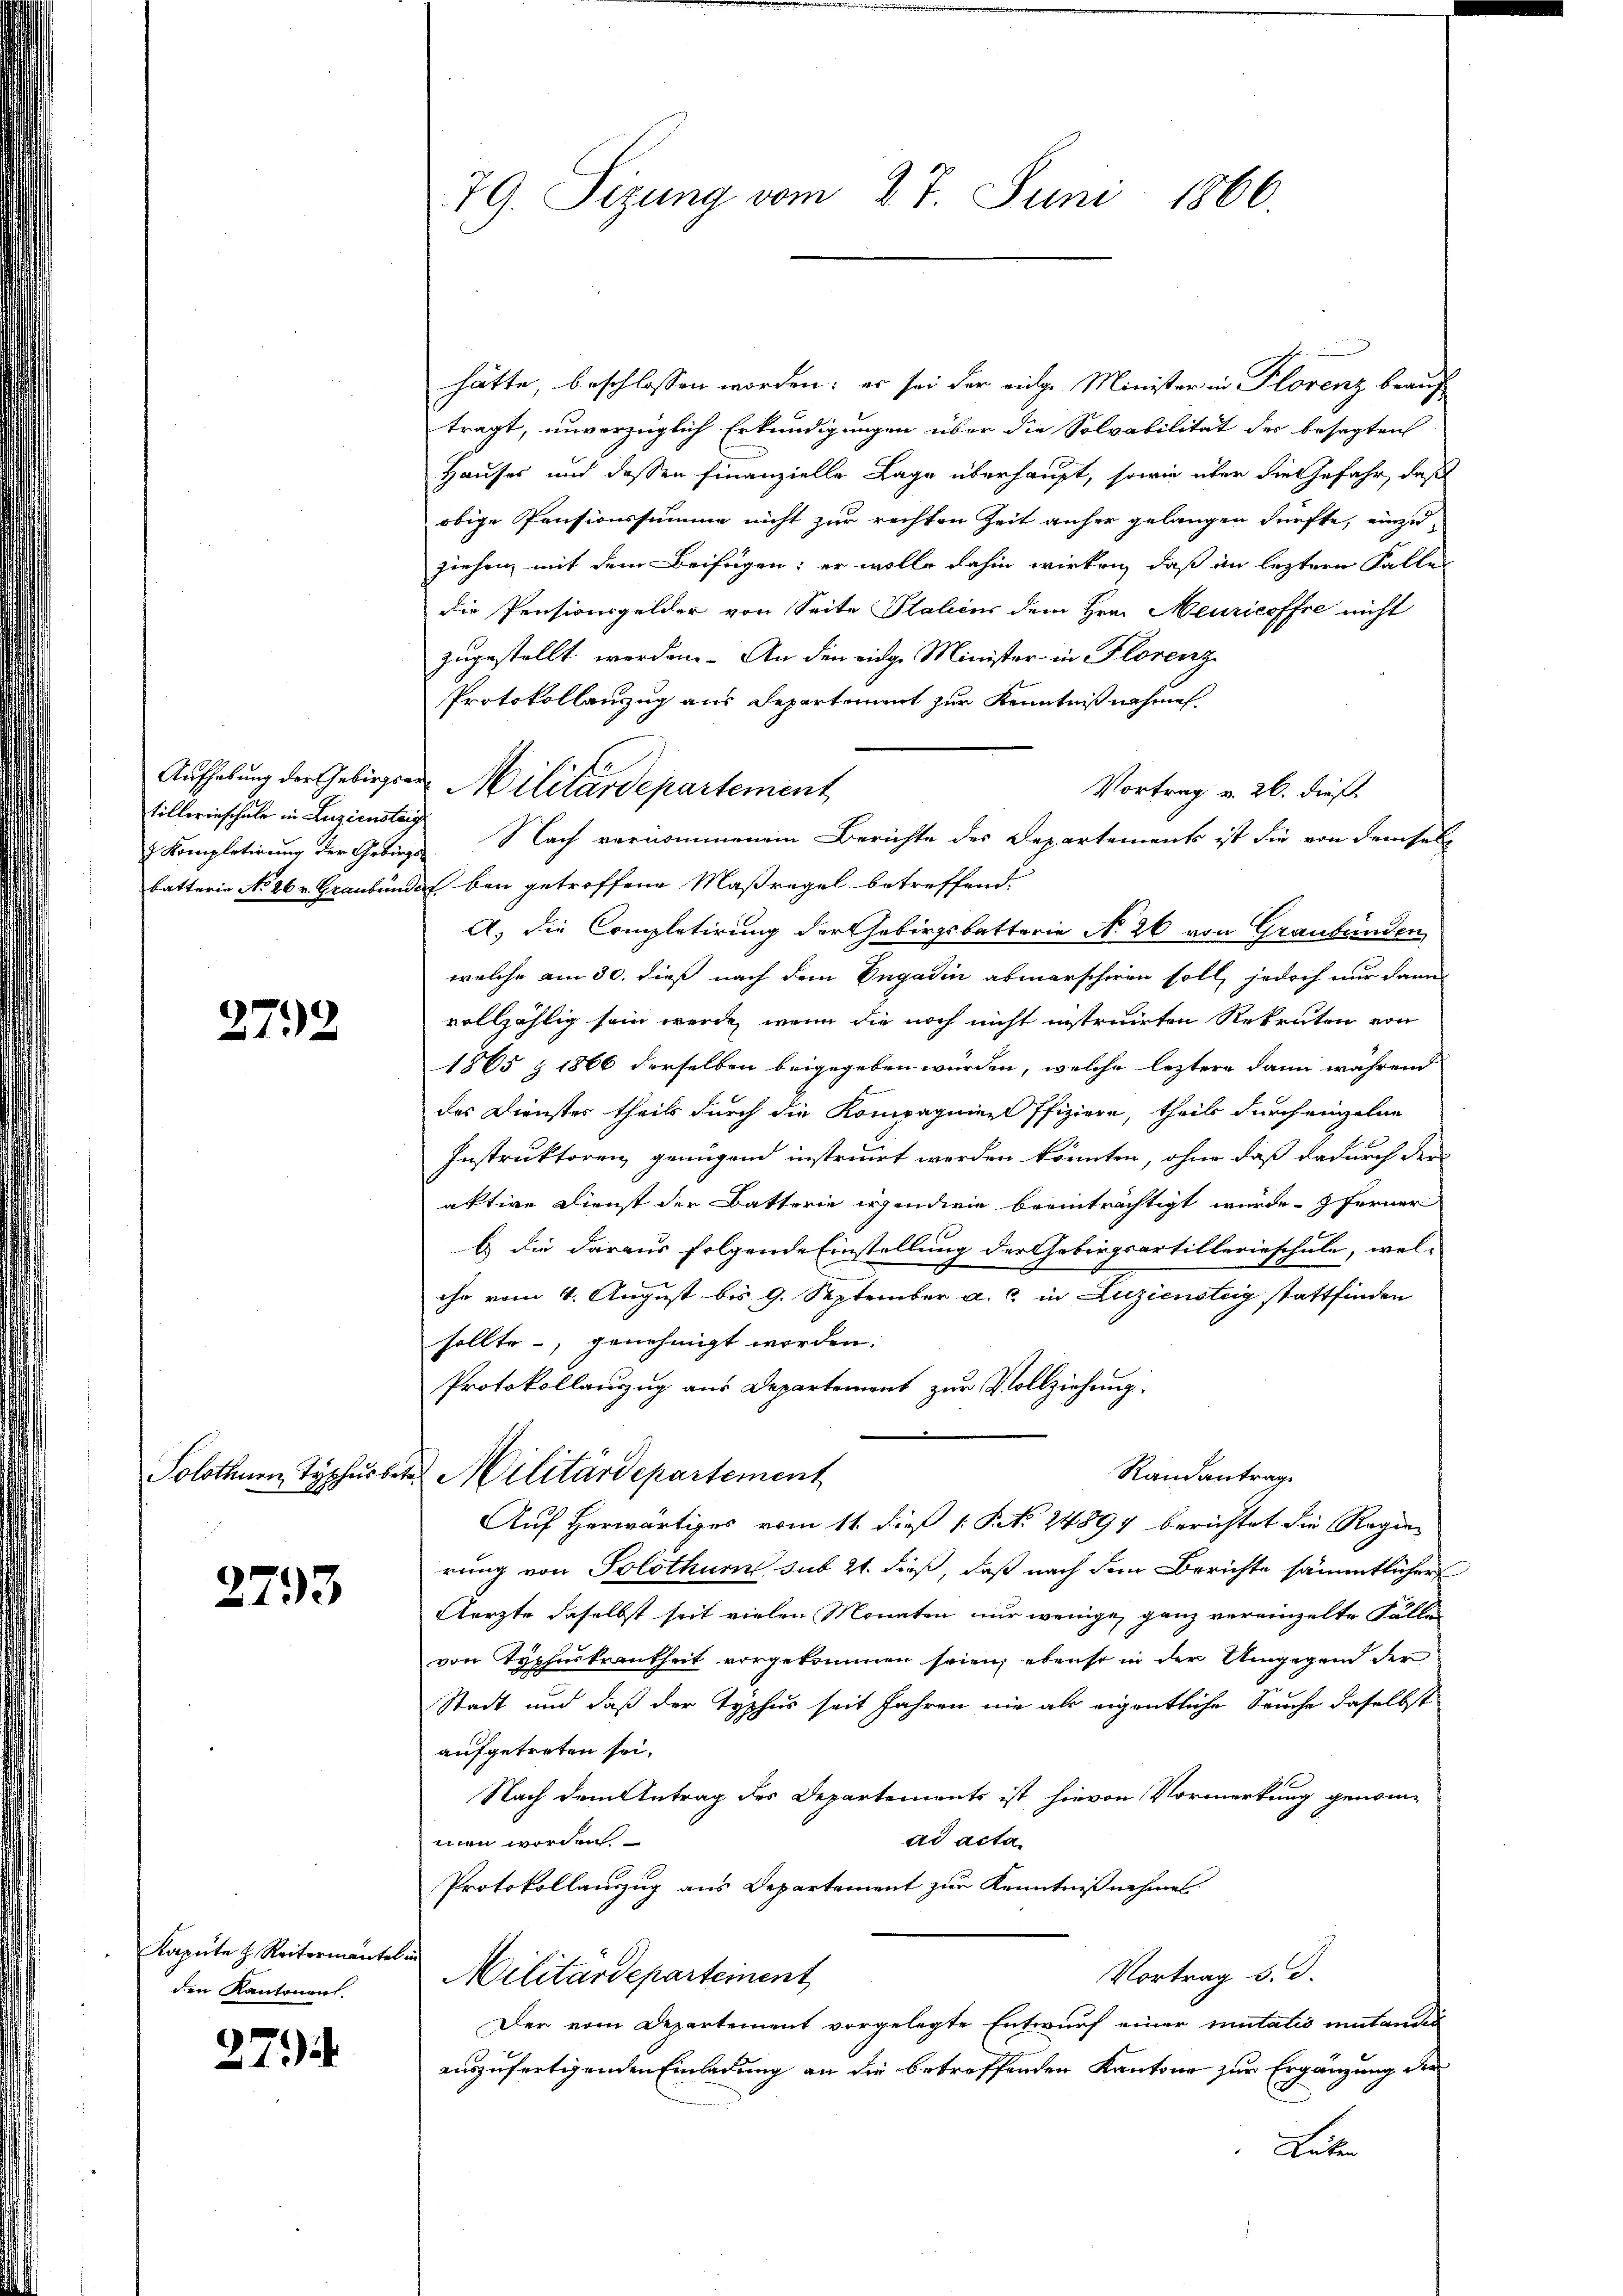
tillerinschale in Luziensteig
 Kompletirung der Gebirgs-

2792

Solothurn Typhus s

2793

Kapŭte H. Reitermantel
den Kantonen.

27.)

79. Sizung vom 27. Juni 1866.

hätte, beschlossen worden; es sei der eidge Minister in Florenz beauf
tragt, unverzüglich Erkundigungen über die Solvabilität des besagten
Hauses und dessen finanzielle Lage überhaupt, sowie über die Gefahr, daß
obige Pensionssumme nicht zur rechten Zeit anher gelangen dürfte, einzuziehen mit dem Beifügen; er wolle dahin wirken, daß an leztern Falles
die Pensionsgelder von Seite Salins dem Hrn. Meuricoffre nicht
zugestellt werden. An den eidge Minister in Florenz
Protokollanzug aus Departement zur Kenntnißnahmen.
Aufhebung der Gebirgen Militärdepartement
Vortrag v. 26. dieß
Nach vernommenem Berichte des Departements ist die von demselb
batterie No 26 v. Graubündel bei getroffene Maßregel betreffend.
A. die Completirung der Gebirgsbatterie No 26 von Graubünden
welche am 30. dieß nach dem Engadin abmarscheren soll, jedoch nur dann
vollzählig sein werde, wenn die noch nicht instruirten Rekruten von
1865 z 1866 derselben beigegeben würden, welche leztere dann während
des Dienster theils durch die Kompagnier ffiziere, theils durch einzelne
Instruktoren genügend instruirt werden könnten, ohne daß dadurch der
aktive Dienst der Batterie irgendwie beeinträchtigt wurde, ferner
b.) die daraus folgende Einstellung der Gebirgsartillerieschule, wel-
.
chn vom 4. August bis 9. September a. c. in Luziensteig stattfinden
sollte, genehmigt worden.
Protokollanzug aus Departement zur Vollziehung,
Randantrag
d Militärdepartement
Auf Herwärtiges vom 11. dieß 1 Pct. 24897 berichtet die Regie
rung von Solothur sub 21. dieß, daß nach dem Berichte sämmtlicher
Aerzte daselbst seit vielen Monaten nur wenige ganz vereinzelte Fälle
von Typhuskrankheit vorgekommen seien; ebenso in der Umgegend der
Stadt und daß der Typhus seit Jahren nie als eigentliche Seuche daselbst
aufgetreten sei.
Nach dem Antrag des Departements ist hievon Vormerkung genomad acta
men worden
Protokollauszug aus Departement zur Kenntnisnehmen
Vortrag d. d.
Militärdepartement
Der vom Departement vorgelegte Entwurf einer mutatis mutandes
ainzufertigenden Einladung an die betreffenden Kantone zur Ergänzung der
Late